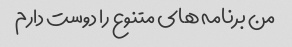
من برنامه های متنوع را دوست دارم